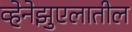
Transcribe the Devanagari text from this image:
व्हेनेझुएलातील